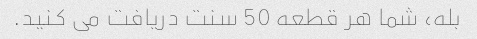
بله، شما هر قطعه 50 سنت دریافت می کنید.